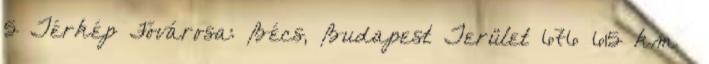
5 Térkép Fővárosa: Bécs, Budapest Terület 676 615 km²